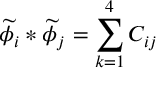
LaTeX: \widetilde { \phi } _ { i } \ast \widetilde { \phi } _ { j } = \sum _ { k = 1 } ^ { 4 } C _ { i j }